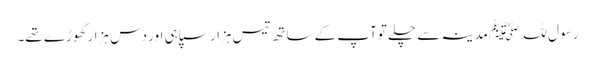
رسو ل للہ ﷺ مدینہ سے چلے توآپ کے ساتھ تیس ہزار سپاہی اور دس ہزار گھوڑے تھے۔